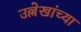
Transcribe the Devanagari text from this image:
उल्लेखांच्या